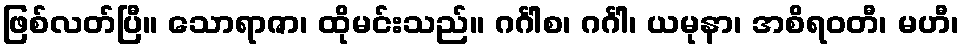
ဖြစ်လတ်ပြီ။ သောရာဇာ၊ ထိုမင်းသည်။ ဂင်္ဂါစ၊ ဂင်္ဂါ၊ ယမုနာ၊ အစိရဝတီ၊ မဟီ၊